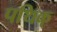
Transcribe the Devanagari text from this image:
पथिक्‌